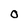
Character: O